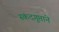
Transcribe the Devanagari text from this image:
स्कंदगुप्ताने